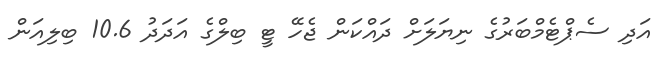
އަދި ސެޕްޓެމްބަރުގެ ނިޔަލަށް ދައްކަން ޖެހޭ ޓީ ބިލްގެ އަދަދު 10.6 ބިލިއަން